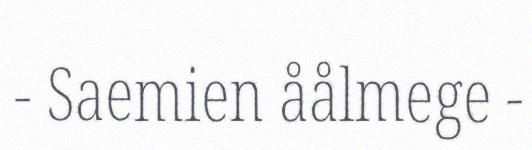
- Saemien åålmege -